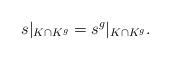
LaTeX: \begin{align*}s|_{K \cap K^{g}} = s^{g}|_{K \cap K^{g}}.\end{align*}